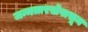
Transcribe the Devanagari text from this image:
जन्मतारखेपासून